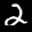
Label: 2